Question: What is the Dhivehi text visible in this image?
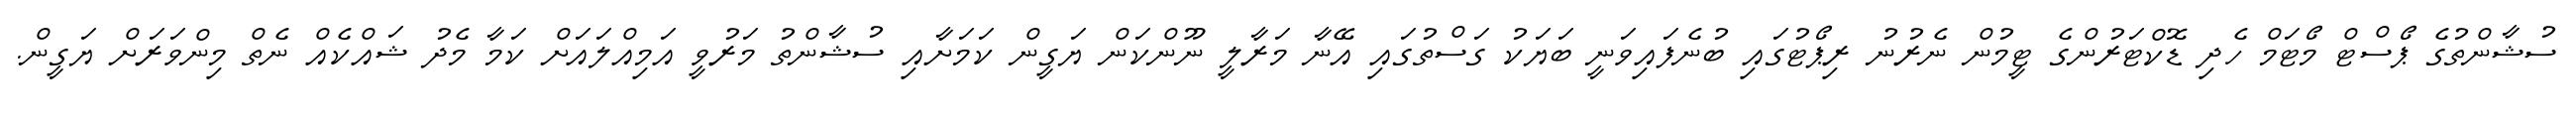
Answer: ސުޝާންތުގެ ޕޯސްޓް މޯޓަމް ހެދި ޑޮކްޓަރުންގެ ޓީމުން ނެރުނު ރިޕޯޓުގައި ބުނެފައިވަނީ ބަޔަކު ގަސްތުގައި އޭނާ މަރާލީ ނޫންކަން ޔަގީން ކަމަށާއި ސުޝާންތު މަރުވީ އަމިއްލައަށް ކަމާ މެދު ޝައްކެއް ނެތް މިންވަރަށް ޔަގީން.